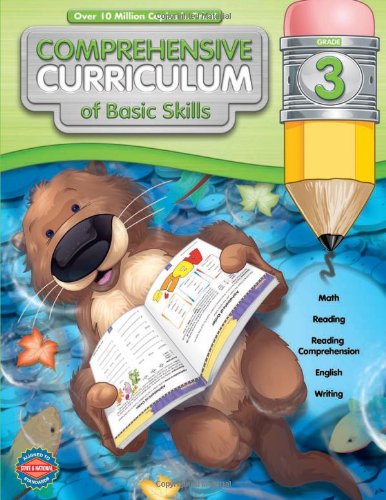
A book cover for Comprehensive Curriculum of Basic Skills, Grade 3; Education & Teaching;